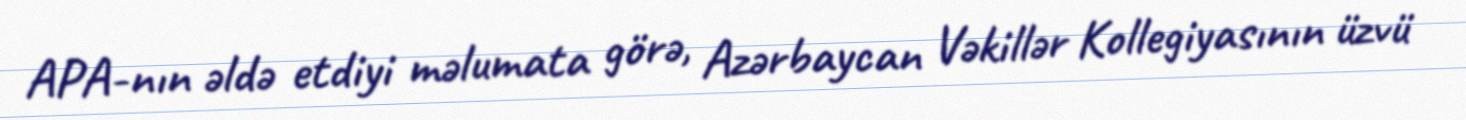
APA-nın əldə etdiyi məlumata görə, Azərbaycan Vəkillər Kollegiyasının üzvü